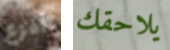
أفزع يلاحقك